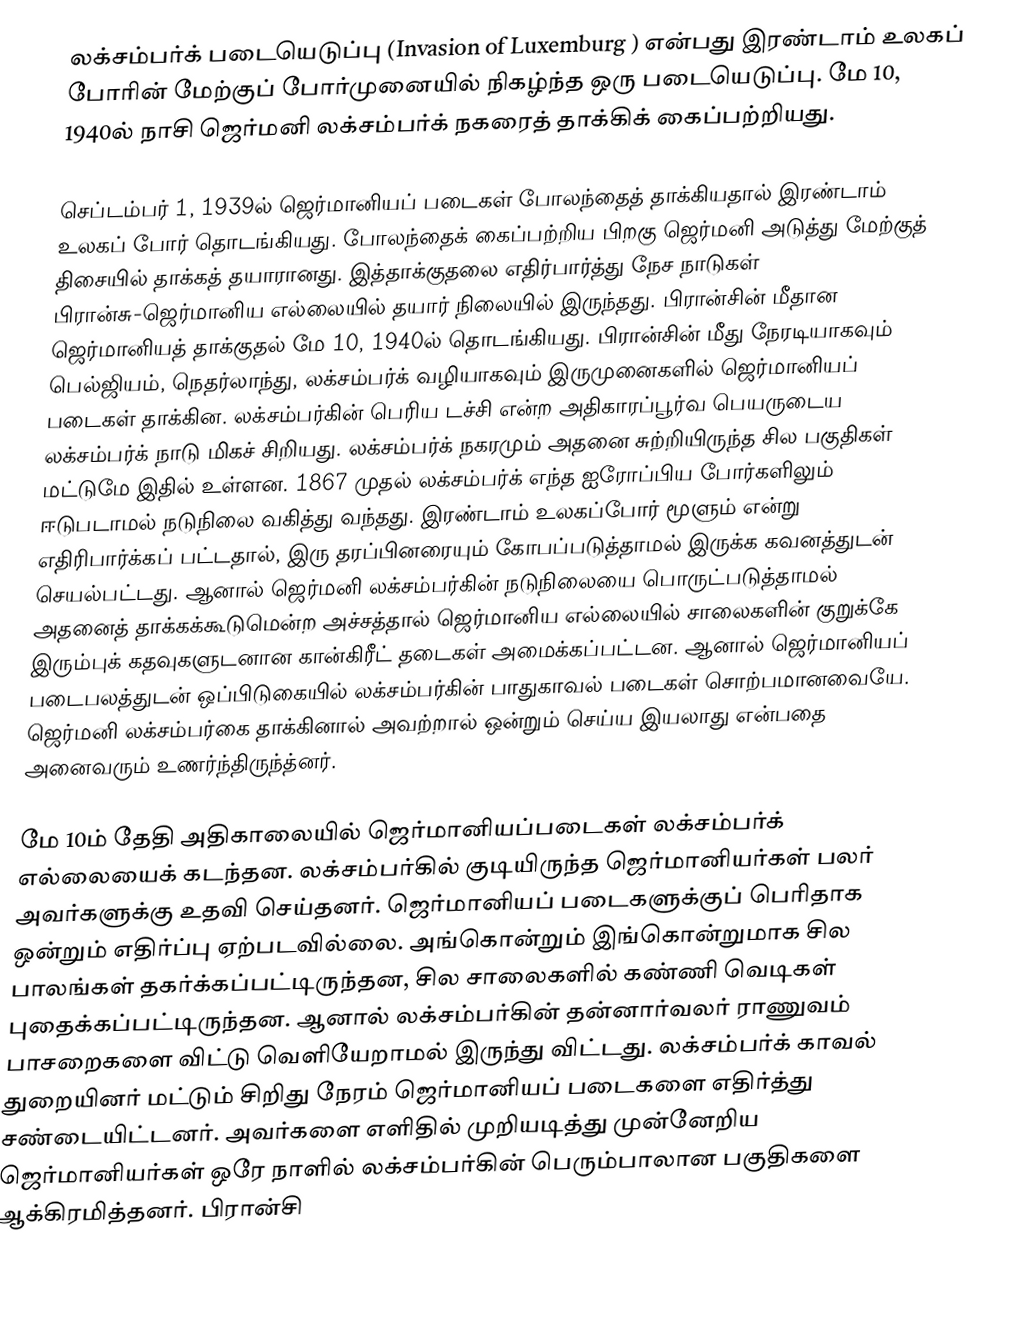
லக்சம்பர்க் படையெடுப்பு (Invasion of Luxemburg ) என்பது இரண்டாம் உலகப் போரின் மேற்குப் போர்முனையில் நிகழ்ந்த ஒரு படையெடுப்பு. மே 10, 1940ல் நாசி ஜெர்மனி லக்சம்பர்க் நகரைத் தாக்கிக் கைப்பற்றியது.

செப்டம்பர் 1, 1939ல் ஜெர்மானியப் படைகள் போலந்தைத் தாக்கியதால் இரண்டாம் உலகப் போர் தொடங்கியது. போலந்தைக் கைப்பற்றிய பிறகு ஜெர்மனி அடுத்து மேற்குத் திசையில் தாக்கத் தயாரானது. இத்தாக்குதலை எதிர்பார்த்து நேச நாடுகள் பிரான்சு-ஜெர்மானிய எல்லையில் தயார் நிலையில் இருந்தது. பிரான்சின் மீதான ஜெர்மானியத் தாக்குதல் மே 10, 1940ல் தொடங்கியது. பிரான்சின் மீது நேரடியாகவும் பெல்ஜியம், நெதர்லாந்து, லக்சம்பர்க் வழியாகவும் இருமுனைகளில் ஜெர்மானியப் படைகள் தாக்கின. லக்சம்பர்கின் பெரிய டச்சி என்ற அதிகாரப்பூர்வ பெயருடைய லக்சம்பர்க் நாடு மிகச் சிறியது. லக்சம்பர்க் நகரமும் அதனை சுற்றியிருந்த சில பகுதிகள் மட்டுமே இதில் உள்ளன. 1867 முதல் லக்சம்பர்க் எந்த ஐரோப்பிய போர்களிலும் ஈடுபடாமல் நடுநிலை வகித்து வந்தது. இரண்டாம் உலகப்போர் மூளும் என்று எதிரிபார்க்கப் பட்டதால், இரு தரப்பினரையும் கோபப்படுத்தாமல் இருக்க கவனத்துடன் செயல்பட்டது. ஆனால் ஜெர்மனி லக்சம்பர்கின் நடுநிலையை பொருட்படுத்தாமல் அதனைத் தாக்கக்கூடுமென்ற அச்சத்தால் ஜெர்மானிய எல்லையில் சாலைகளின் குறுக்கே இரும்புக் கதவுகளுடனான கான்கிரீட் தடைகள் அமைக்கப்பட்டன. ஆனால் ஜெர்மானியப் படைபலத்துடன் ஒப்பிடுகையில் லக்சம்பர்கின் பாதுகாவல் படைகள் சொற்பமானவையே. ஜெர்மனி லக்சம்பர்கை தாக்கினால் அவற்றால் ஒன்றும் செய்ய இயலாது என்பதை அனைவரும் உணர்ந்திருந்த்னர்.

மே 10ம் தேதி அதிகாலையில் ஜெர்மானியப்படைகள் லக்சம்பர்க் எல்லையைக் கடந்தன. லக்சம்பர்கில் குடியிருந்த ஜெர்மானியர்கள் பலர் அவர்களுக்கு உதவி செய்தனர். ஜெர்மானியப் படைகளுக்குப் பெரிதாக ஒன்றும் எதிர்ப்பு ஏற்படவில்லை. அங்கொன்றும் இங்கொன்றுமாக சில பாலங்கள் தகர்க்கப்பட்டிருந்தன, சில சாலைகளில் கண்ணி வெடிகள் புதைக்கப்பட்டிருந்தன. ஆனால் லக்சம்பர்கின் தன்னார்வலர் ராணுவம் பாசறைகளை விட்டு வெளியேறாமல் இருந்து விட்டது. லக்சம்பர்க் காவல் துறையினர் மட்டும் சிறிது நேரம் ஜெர்மானியப் படைகளை எதிர்த்து சண்டையிட்டனர். அவர்களை எளிதில் முறியடித்து முன்னேறிய ஜெர்மானியர்கள் ஒரே நாளில் லக்சம்பர்கின் பெரும்பாலான பகுதிகளை ஆக்கிரமித்தனர். பிரான்சி